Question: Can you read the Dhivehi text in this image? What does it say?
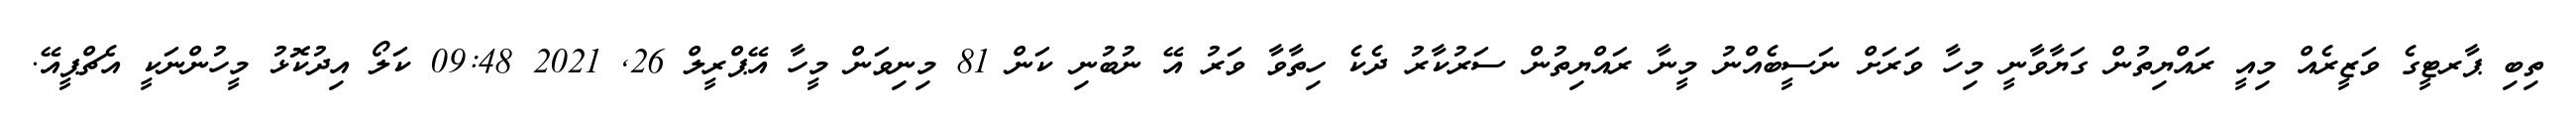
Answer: ތިބި ޕާރޓީގެ ވަޒީރެއް މިއީ ރައްޔިތުން ގަޔާވާނީ މިހާ ވަރަށް ނަސީބެއްނު މީނާ ރައްޔިތުން ސަރުކާރު ދެކެ ހިތާވާ ވަރު އޭ ނުބުނި ކަން 81 މިނިވަން މީހާ އޭޕްރީލް 26, 2021 09:48 ކަލޯ އިދުކޮޅު މީހުންނަކީ އެޗްޕީއޭ.